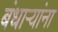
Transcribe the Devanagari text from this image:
बंधाऱ्यांना